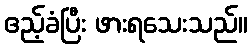
ဧည့်ခံပြီး ဖားရသေးသည်။